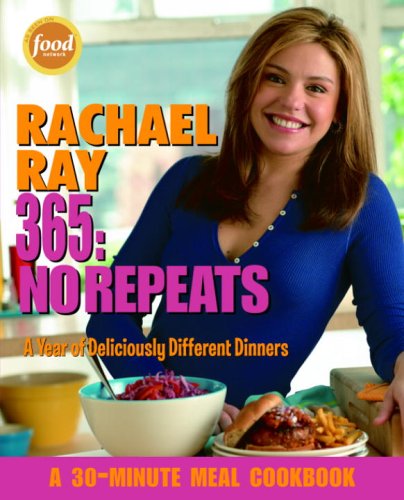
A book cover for Rachael Ray 365: No Repeats--A Year of Deliciously Different Dinners (A 30-Minute Meal Cookbook); Rachael Ray; Cookbooks, Food & Wine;